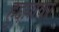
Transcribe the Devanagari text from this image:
हुद्दय़ावर